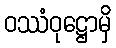
ဝဿံဝုဋ္ဌောမှိ